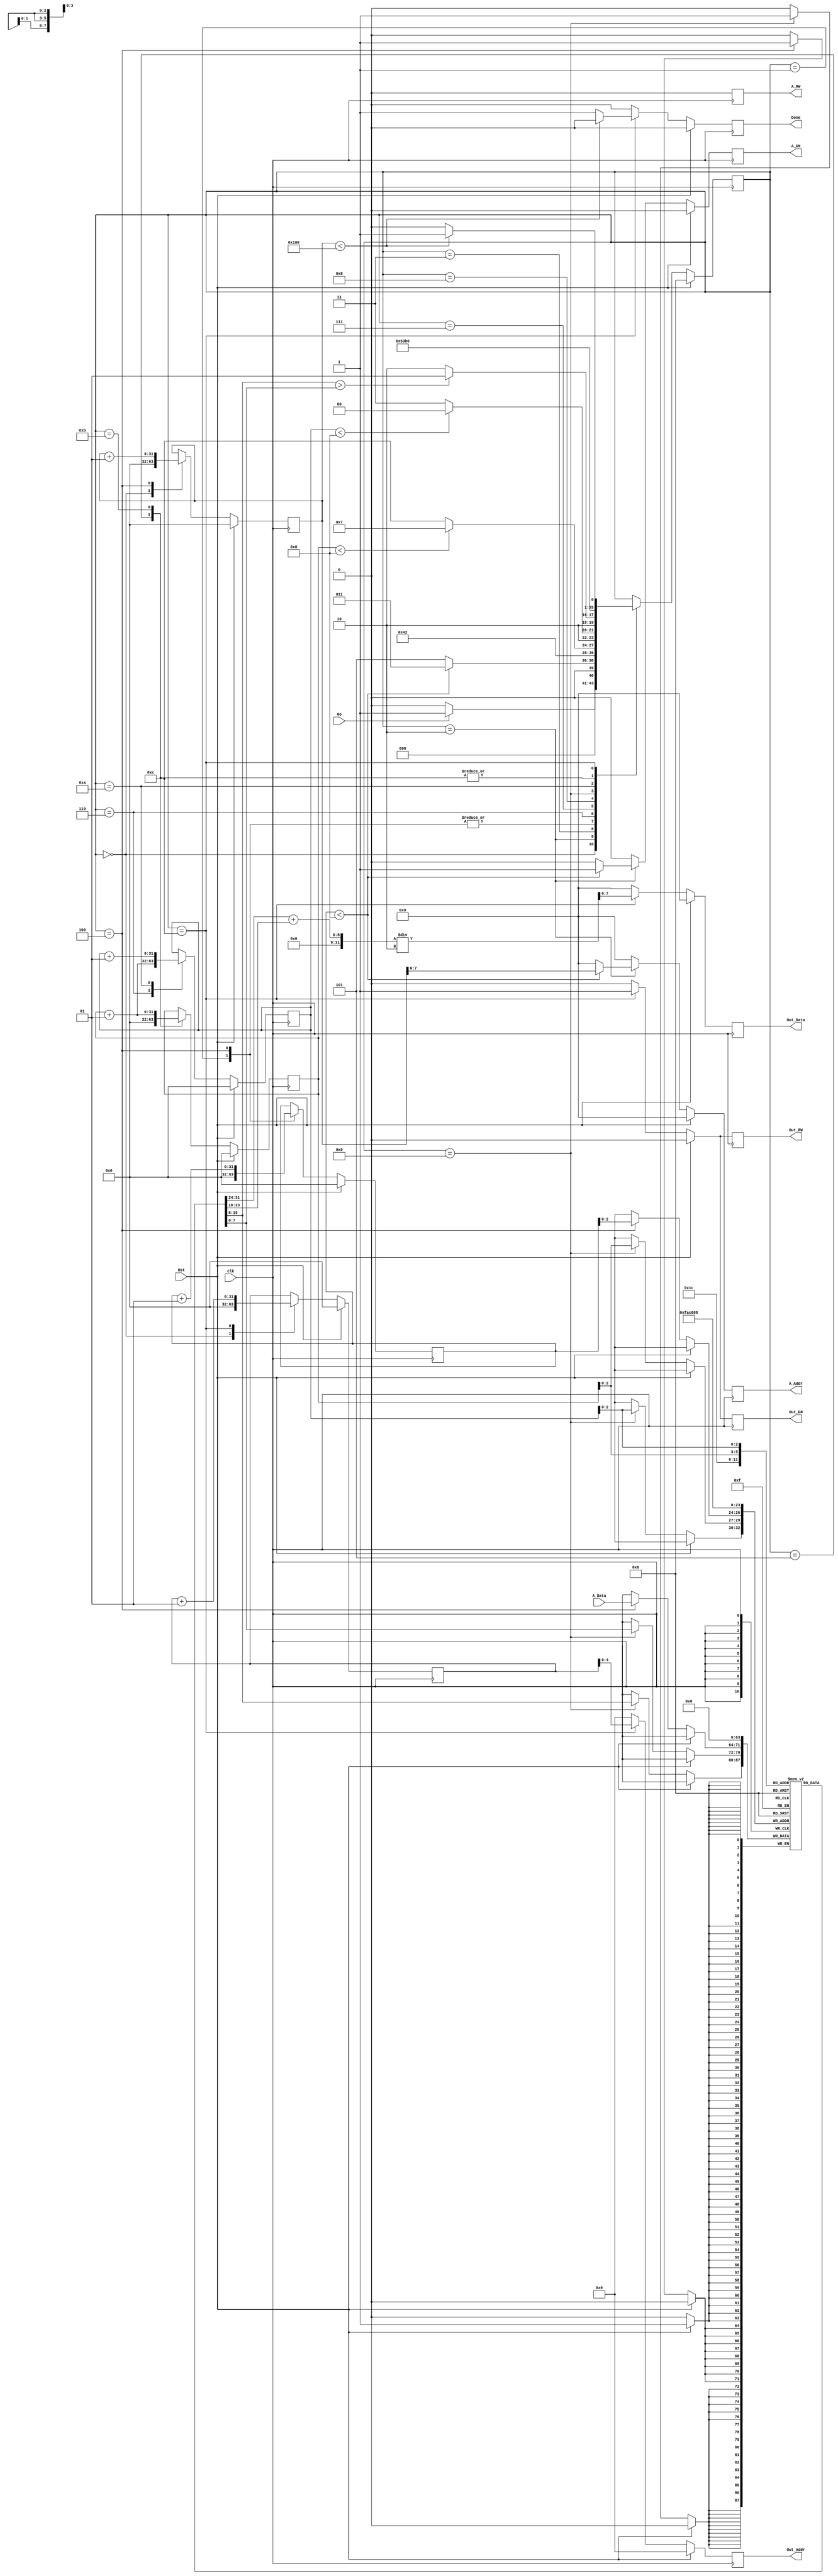
`timescale 1ns/1ns
`define A_WIDTH 8
`define D_WIDTH 8
`define R_WIDTH 3

module MEDIAN(Go, A_Addr, A_Data, Out_Addr, Out_Data,
							A_RW, A_EN, Out_RW, Out_EN, Done, Clk, Rst);
	input Go;
	input [(`D_WIDTH-1):0] A_Data;
	output reg [(`A_WIDTH-1):0] A_Addr;
	output reg [(`A_WIDTH-`R_WIDTH-1):0] Out_Addr;
	output reg [(`D_WIDTH-1):0] Out_Data;
	output reg A_RW, A_EN, Out_RW, Out_EN, Done;
	input Rst, Clk;
	
	reg [3:0] State;
	reg [(`D_WIDTH-1):0] Arr[0: (2**`R_WIDTH-1)];
	integer I, J, K, L, M;
	integer Index;

	parameter S0 = 4'b0000, S1 = 4'b0001, S2 = 4'b0010, S3a = 4'b0011, S3 = 4'b0100,
						S4 = 4'b0101, S5 = 4'b0110, S6 = 4'b0111, S7 = 4'b1000, S8 = 4'b1001,
						S9 = 4'b1010, S10 = 4'b1011, S11 = 4'b1100;

	always @(posedge Clk) begin
		if (Rst==1'b1) begin
			A_Addr <= {`A_WIDTH{1'b0}};
			Out_Addr <= {(`A_WIDTH-`R_WIDTH){1'b0}};
			Out_Data <= {`D_WIDTH{1'b0}};
			A_RW <= 1'b0; A_EN <= 1'b0; Out_RW <= 1'b0; Out_EN <= 1'b0;
			Done <= 1'b0;
			State <= S0;
			I <= 0; J <= 0; K <= 0; L <= 0; M <= 0;
			for(Index=0;Index<(2**`R_WIDTH);Index=Index+1)
				Arr[Index] <= {`D_WIDTH{1'b0}};
		end
		else begin
			A_Addr <= {`A_WIDTH{1'b0}};
			Out_Addr <= {(`A_WIDTH-`R_WIDTH){1'b0}};
			Out_Data <= {`D_WIDTH{1'b0}};
			A_RW <= 1'b0; A_EN <= 1'b0; Out_RW <= 1'b0; Out_EN <= 1'b0;
			Done <= 1'b0;

			case (State)
				S0: begin
					I <= 0; J <= 0;
					if (Go==1'b1) State <= S1;
					else State <= S0;
				end
				S1: begin
					M <= 0;
					State <= S2;
				end
				S2: begin
					if (M<8) begin
						A_Addr <= I;
						A_RW <= 1'b0;
						A_EN <= 1'b1;
						State <= S3a;
					end
					else State <= S4;
				end
				S3a:
					State <= S3;
				S3: begin
					Arr[M] <= A_Data;
					M <= M + 1;
					I <= I + 1;
					State <= S2;
				end
				S4: begin
					L <= 0;
					State <= S5;
				end
				S5: begin
					K <= L + 1;
					if (L<8) State <= S6;
					else State <= S11;
				end
				S6: begin
					if (K<8) State <= S7;
					else State <= S10;
				end
				S7: begin
					if (Arr[L]>Arr[K]) State <= S8;
					else State <= S9;
				end
				S8: begin
					Arr[L] <= Arr[K];
					Arr[K] <= Arr[L];
					State <= S9;
				end
				S9: begin
					K <= K + 1;
					State <= S6;
				end
				S10: begin
					L <= L + 1;
					State <= S5;
				end
				S11: begin
					Out_Addr <= J;
					Out_Data <= (Arr[(2**`R_WIDTH)/2-1]+Arr[(2**`R_WIDTH)/2])/2;
					Out_RW <= 1'b1;
					Out_EN <= 1'b1;
					J <= J + 1;
					if (I<2**`A_WIDTH) State <= S1;
					else begin
						State <= S0;
						Done <= 1'b1;
					end
				end
			endcase
		end
	end
endmodule